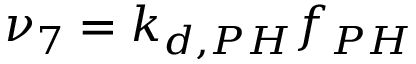
\nu _ { 7 } = k _ { d , P H } f _ { P H }